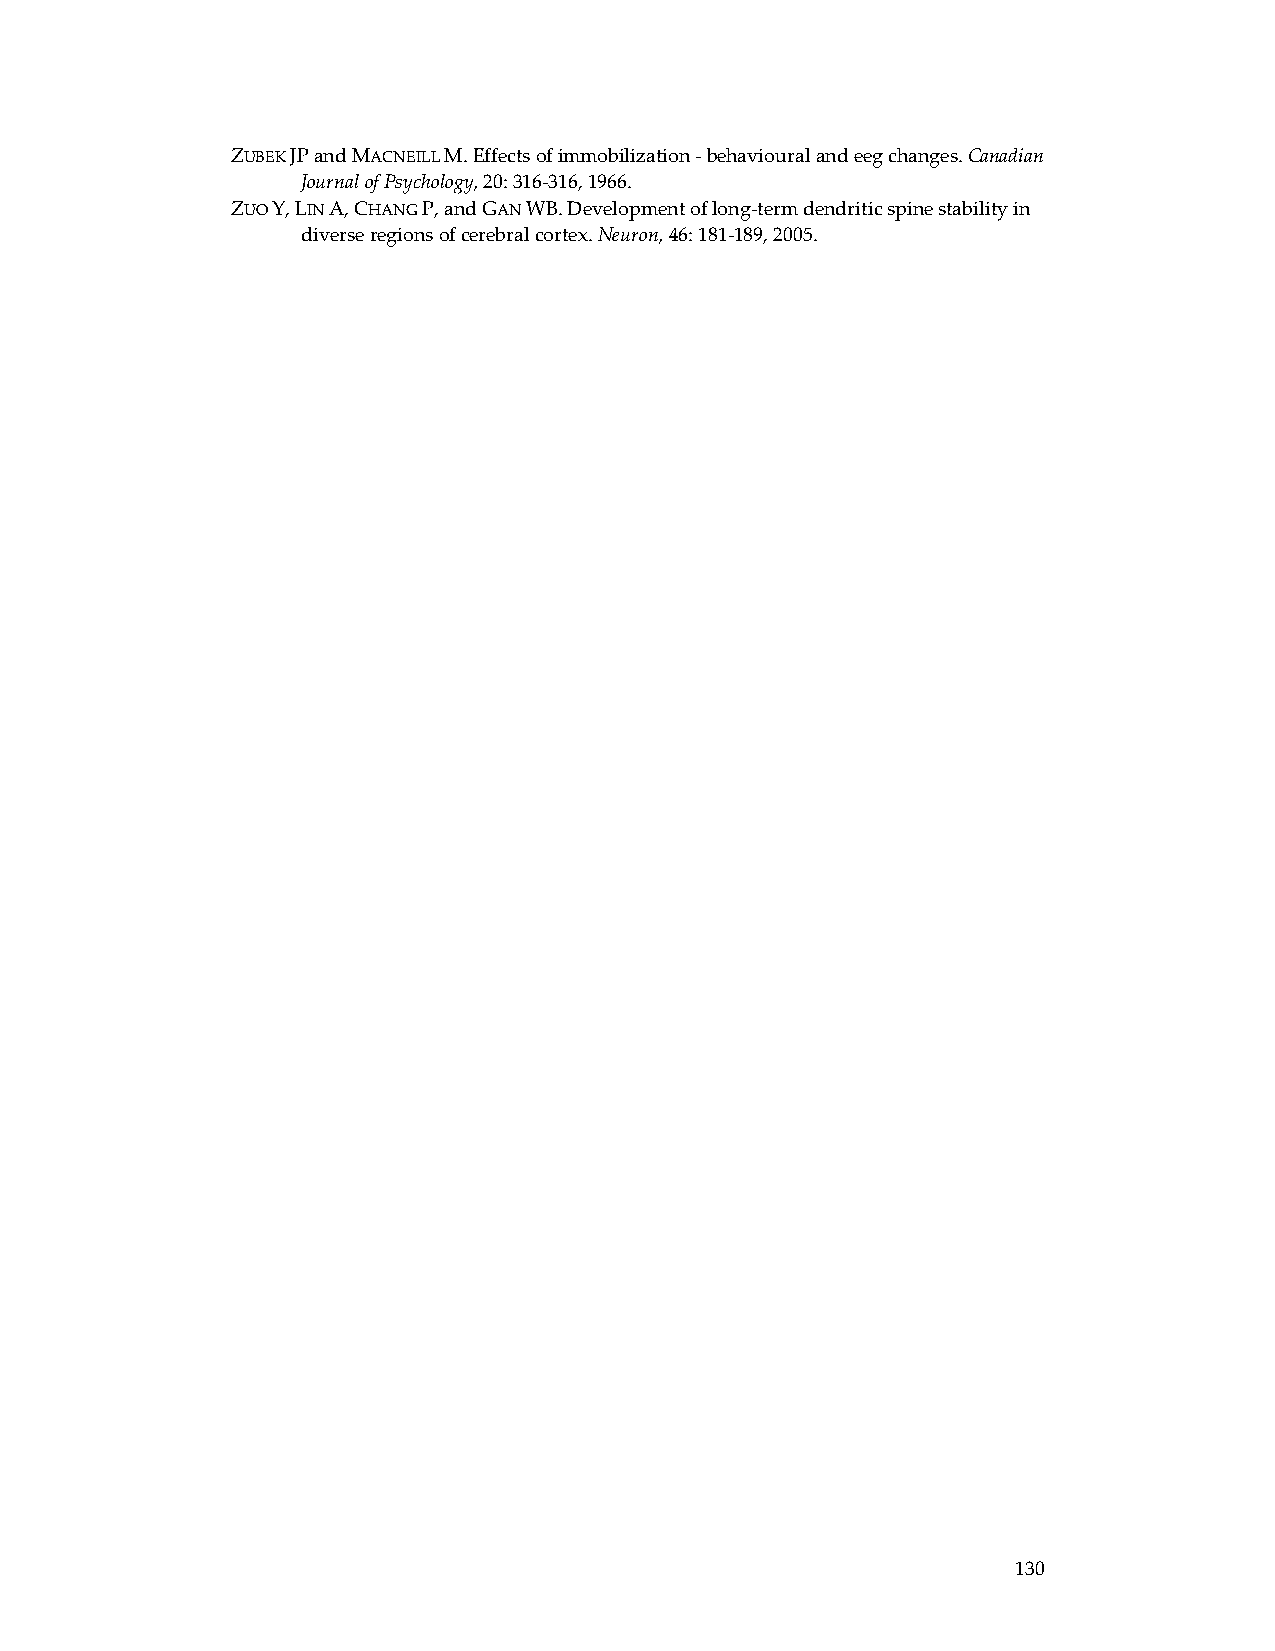
ZUBEK JP and MACNEILL M. Effects of immobilization ‐ behavioural and eeg changes. Canadian
 Journal of Psychology, 20: 316‐316, 1966.
 ZUO Y, LIN A, CHANG P, and GAN WB. Development of long‐term dendritic spine stability in
 diverse regions of cerebral cortex. Neuron, 46: 181‐189, 2005.
 130